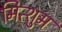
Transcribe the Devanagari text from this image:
मित्शुम